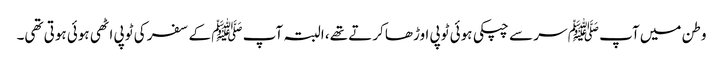
وطن میں آپ ﷺ سر سے چپکی ہوئی ٹوپی اوڑھا کرتے تھے، البتہ آپ ﷺ کے سفر کی ٹوپی اٹھی ہوئی ہوتی تھی۔